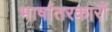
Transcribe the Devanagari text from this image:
भाषांतरकारों